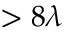
> 8 \lambda